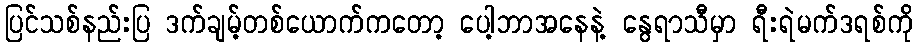
ပြင်သစ်နည်းပြ ဒက်ချမ့်တစ်ယောက်ကတော့ ပေါ့ဘာအနေနဲ့ နွေရာသီမှာ ရီးရဲမက်ဒရစ်ကို